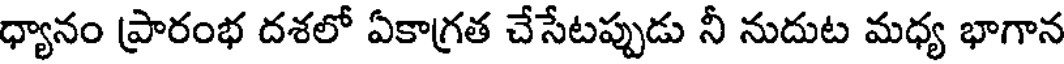
ధ్యానం ప్రారంభ దశలో ఏకాగ్రత చేసేటప్పుడు నీ నుదుట మధ్య భాగాన